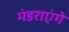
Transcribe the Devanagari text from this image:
मंडराएंगे